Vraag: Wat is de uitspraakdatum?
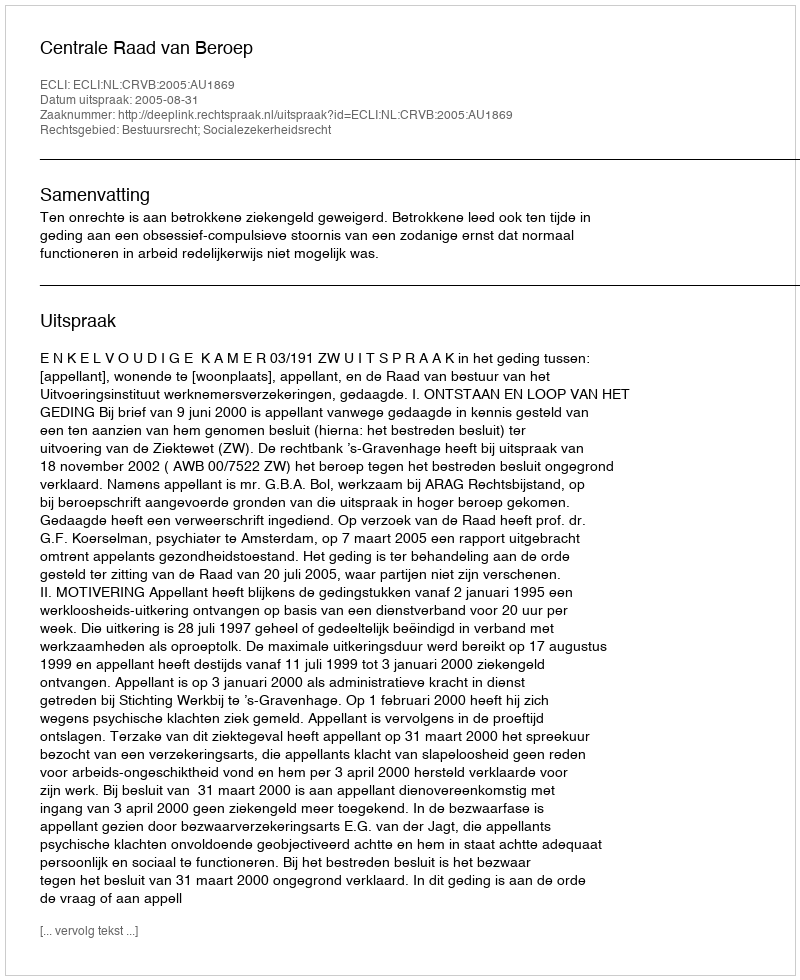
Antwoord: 2005-08-31